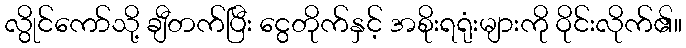
လွိုင်ကော်သို့ ချီတက်ပြီး ငွေတိုက်နှင့် အစိုးရရုံးများကို ဝိုင်းလိုက်၏။